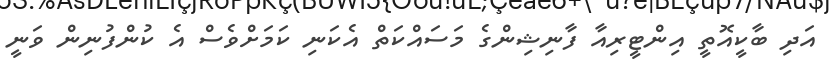
އަދި ބާކީއޮތީ އިންޓީރިއާ ފާނިޝިންގެ މަސައްކަތް އެކަނި ކަމަށްވެސް އެ ކުންފުނިން ވަނީ